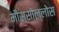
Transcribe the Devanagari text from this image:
मौस्सोल्लोस